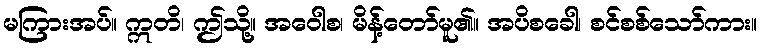
မကြားအပ်။ ဣတိ၊ ဤသို့။ အဝေါစ၊ မိန့်တော်မူ၏။ အပိစခေါ၊ စင်စစ်သော်ကား။